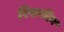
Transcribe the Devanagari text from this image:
रिफ़कीन